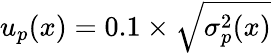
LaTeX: u_{p}(x)=0.1\times\sqrt{\sigma_{p}^{2}(x)}